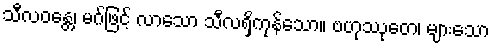
သီလဝန္တေ၊ မဂ်ဖြင့် လာသော သီလရှိကုန်သော။ ဗဟုဿုတေ၊ များသော